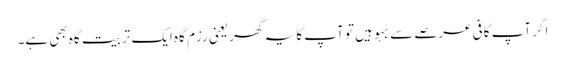
اگر آپ کافی عرصے سے بہو ہیں تو آپ کا یہ گھر یعنی رزم گاہ ایک تربیت گاہ بھی ہے۔